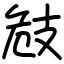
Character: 㩻